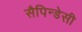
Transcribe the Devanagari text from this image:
सैपिन्डेसी